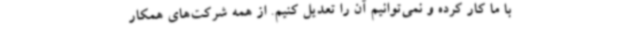
با ما کار کرده و نمی‌توانیم آن را تعدیل کنیم. از همه شرکت‌های همکار